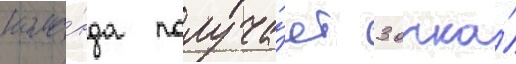
кома́нда получа́ет 3 очка́